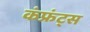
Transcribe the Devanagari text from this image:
कंफ्रंट्स